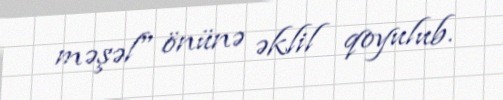
məşəl" önünə əklil qoyulub.